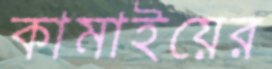
কামাইয়ের